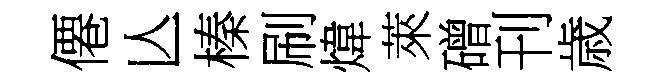
僊亾榛刷煒萊磳刊歳